Vaccination in Bombay 1856-1862 - 1856-1862
Year: 1856
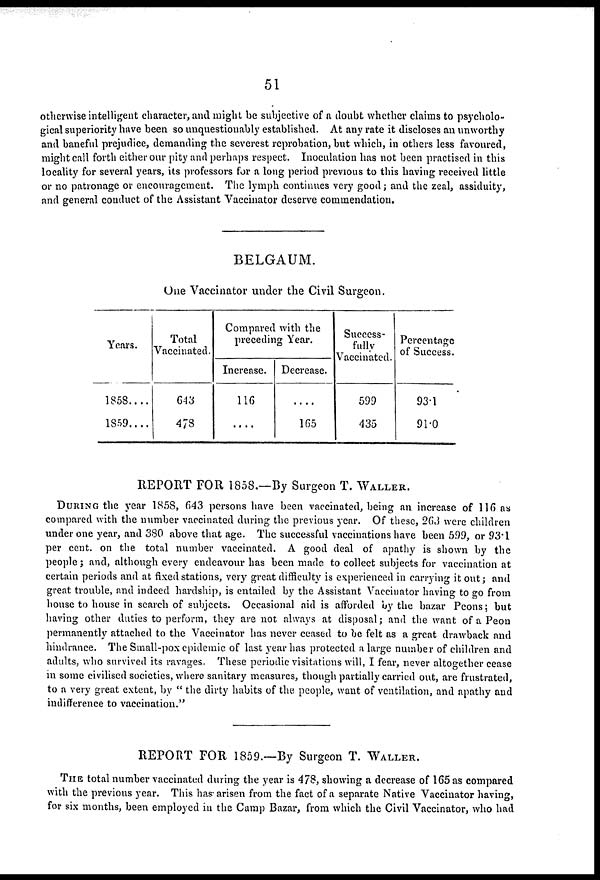
51
otherwise intelligent character, and might be subjective of a doubt whether claims to psycholo-
gical superiority have been so unquestionably established. At any rate it discloses an unworthy
and baneful prejudice, demanding the severest reprobation, but which, in others less favoured,
might call forth either our pity and perhaps respect. Inoculation has not been practised in this
locality for several years, its professors for a long period previous to this having received little
or no patronage or encouragement. The lymph continues very good; and the zeal, assiduity,
and general conduct of the Assistant Vaccinator deserve commendation.
BELGAUM.
One Vaccinator under the Civil Surgeon.
Years.
1858....
1859....
Total
Vaccinated.
643
478
Compared with the
preceding Year.
Increase.
116
....
Decrease.
....
165
Success-
fully
Vaccinated.
599
435
Percentage
of Success.
93.1
91.0
REPORT FOR 1858.—By Surgeon T. WALLER.
DURING the year 1858, 643 persons have been vaccinated, being an increase of 116 as
compared with the number vaccinated during the previous year. Of these, 263 were children
under one year, and 380 above that age. The successful vaccinations have been 599, or 93.1
per cent. on the total number vaccinated. A good deal of apathy is shown by the
people; and, although every endeavour has been made to collect subjects for vaccination at
certain periods and at fixed stations, very great difficulty is experienced in carrying it out; and
great trouble, and indeed hardship, is entailed by the Assistant Vaccinator having to go from
house to house in search of subjects. Occasional aid is afforded by the bazar Peons; but
having other duties to perform, they are not always at disposal; and the want of a Peon
permanently attached to the Vaccinator has never ceased to be felt as a great drawback and
hindrance. The Small-pox epidemic of last year has protected a large number of children and
adults, who survived its ravages. These periodic visitations will, I fear, never altogether cease
in some civilised societies, where sanitary measures, though partially carried out, are frustrated,
to a very great extent, by " the dirty habits of the people, want of ventilation, and apathy and
indifference to vaccination."
REPORT FOR 1859.—By Surgeon T. WALLER.
THE total number vaccinated during the year is 478, showing a decrease of 165 as compared
with the previous year. This has-arisen from the fact of a separate Native Vaccinator having,
for six months, been employed in the Camp Bazar, from which the Civil Vaccinator, who had